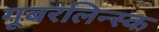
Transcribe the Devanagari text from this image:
गूबरलिन्स्क